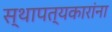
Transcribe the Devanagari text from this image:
स्थापत्यकारांना